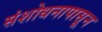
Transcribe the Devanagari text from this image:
संशोधनापासून